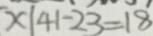
x \vert 4 1 - 2 3 = 1 8